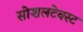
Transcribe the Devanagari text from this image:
सोशलटेक्स्ट